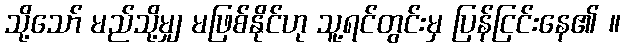
သို့သော် မည်သို့မျှ မဖြစ်နိုင်ဟု သူ့ရင်တွင်းမှ ပြန်ငြင်းနေ၏ ။